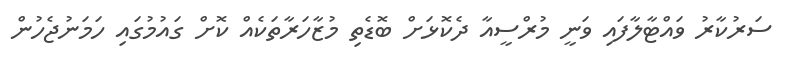
ސަރުކާރު ވައްޓާލާފައި ވަނީ މުރްސީއާ ދެކޮޅަށް ބޮޑެތި މުޒާހަރާތަކެއް ކޮށް ގައުމުގައި ހަމަނުޖެހުން